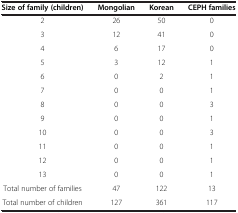
| Size of family (children) | Mongolian | Korean | CEPH families |
 | --- | --- | --- | --- |
 | 2 | 26 | 50 | 0 |
 | 3 | 12 | 41 | 0 |
 | 4 | 6 | 17 | 0 |
 | 5 | 3 | 12 | 1 |
 | 6 | 0 | 2 | 1 |
 | 7 | 0 | 0 | 1 |
 | 8 | 0 | 0 | 3 |
 | 9 | 0 | 0 | 1 |
 | 10 | 0 | 0 | 3 |
 | 11 | 0 | 0 | 1 |
 | 12 | 0 | 0 | 1 |
 | 13 | 0 | 0 | 1 |
 | Total number of families | 47 | 122 | 13 |
 | Total number of children | 127 | 361 | 117 |